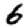
Digit: 6